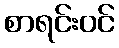
စာရင်းဝင်